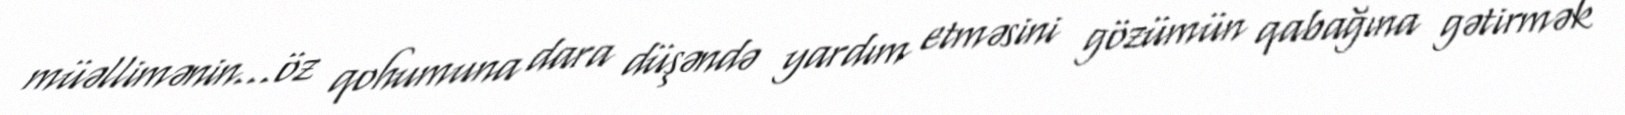
müəllimənin...öz qohumuna dara düşəndə yardım etməsini gözümün qabağına gətirmək